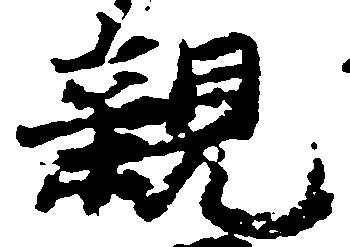
親